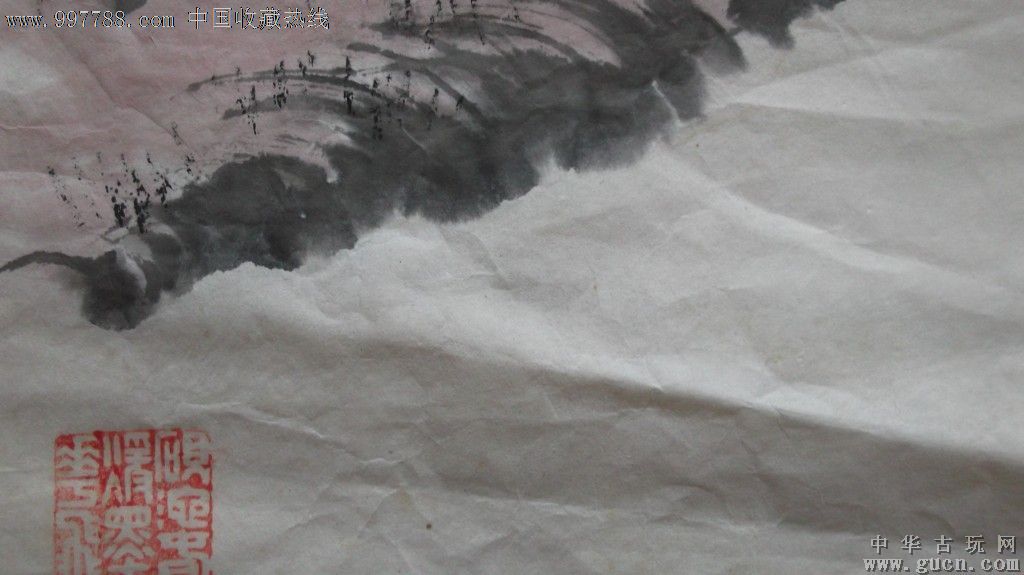
愁看飞雪闻鸡唱，独向长空背雁行。